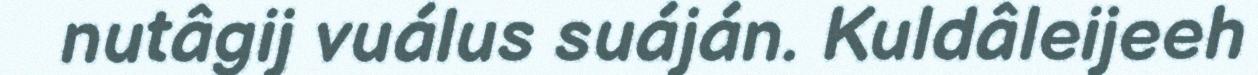
nutâgij vuálus suáján. Kuldâleijeeh